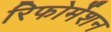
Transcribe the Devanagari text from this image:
रिफोर्मेशन